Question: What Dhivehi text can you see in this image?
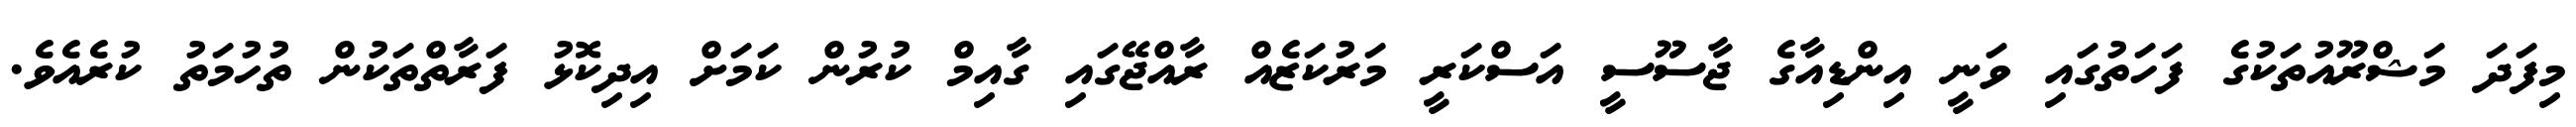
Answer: މިފަދަ މަޝްރޫއުތަކުގެ ފަހަތުގައި ވަނީ އިންޑިއާގެ ޖާސޫސީ އަސްކަރީ މަރުކަޒެއް ރާއްޖޭގައި ގާއިމް ކުރުން ކަމަށް އިދިކޮޅު ފަރާތްތަކުން ތުހުމަތު ކުރެއެވެ.